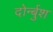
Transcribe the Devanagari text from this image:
दोर्न्बुश